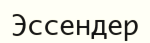
Эссендер